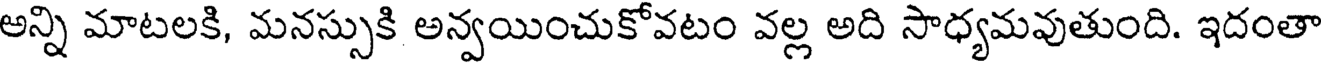
అన్ని మాటలకి, మనస్సుకి అన్వయించుకోవటం వల్ల అది సాధ్యమవుతుంది. ఇదంతా